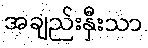
အချည်းနှီးသာ